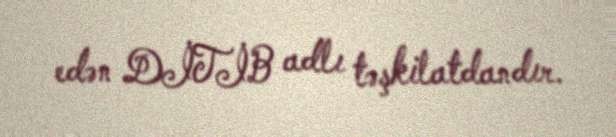
edən DİTİB adlı təşkilatdandır.